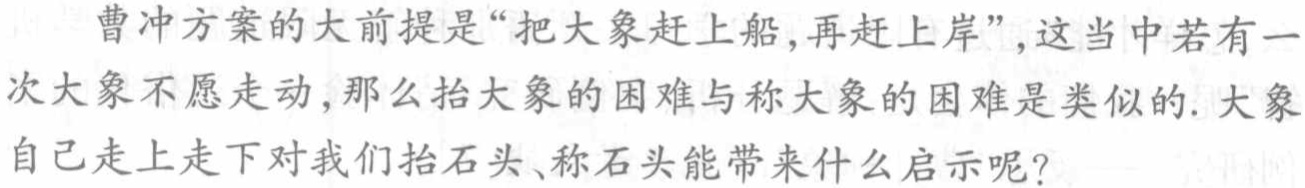
曹冲方案的大前提是“把大象赶上船,再赶上岸”,这当中若有一次大象不愿走动,那么抬大象的困难与称大象的困难是类似的. 大象自己走上走下对我们抬石头、称石头能带来什么启示呢?